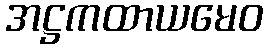
အဋ္ဌကထာယမေဝ